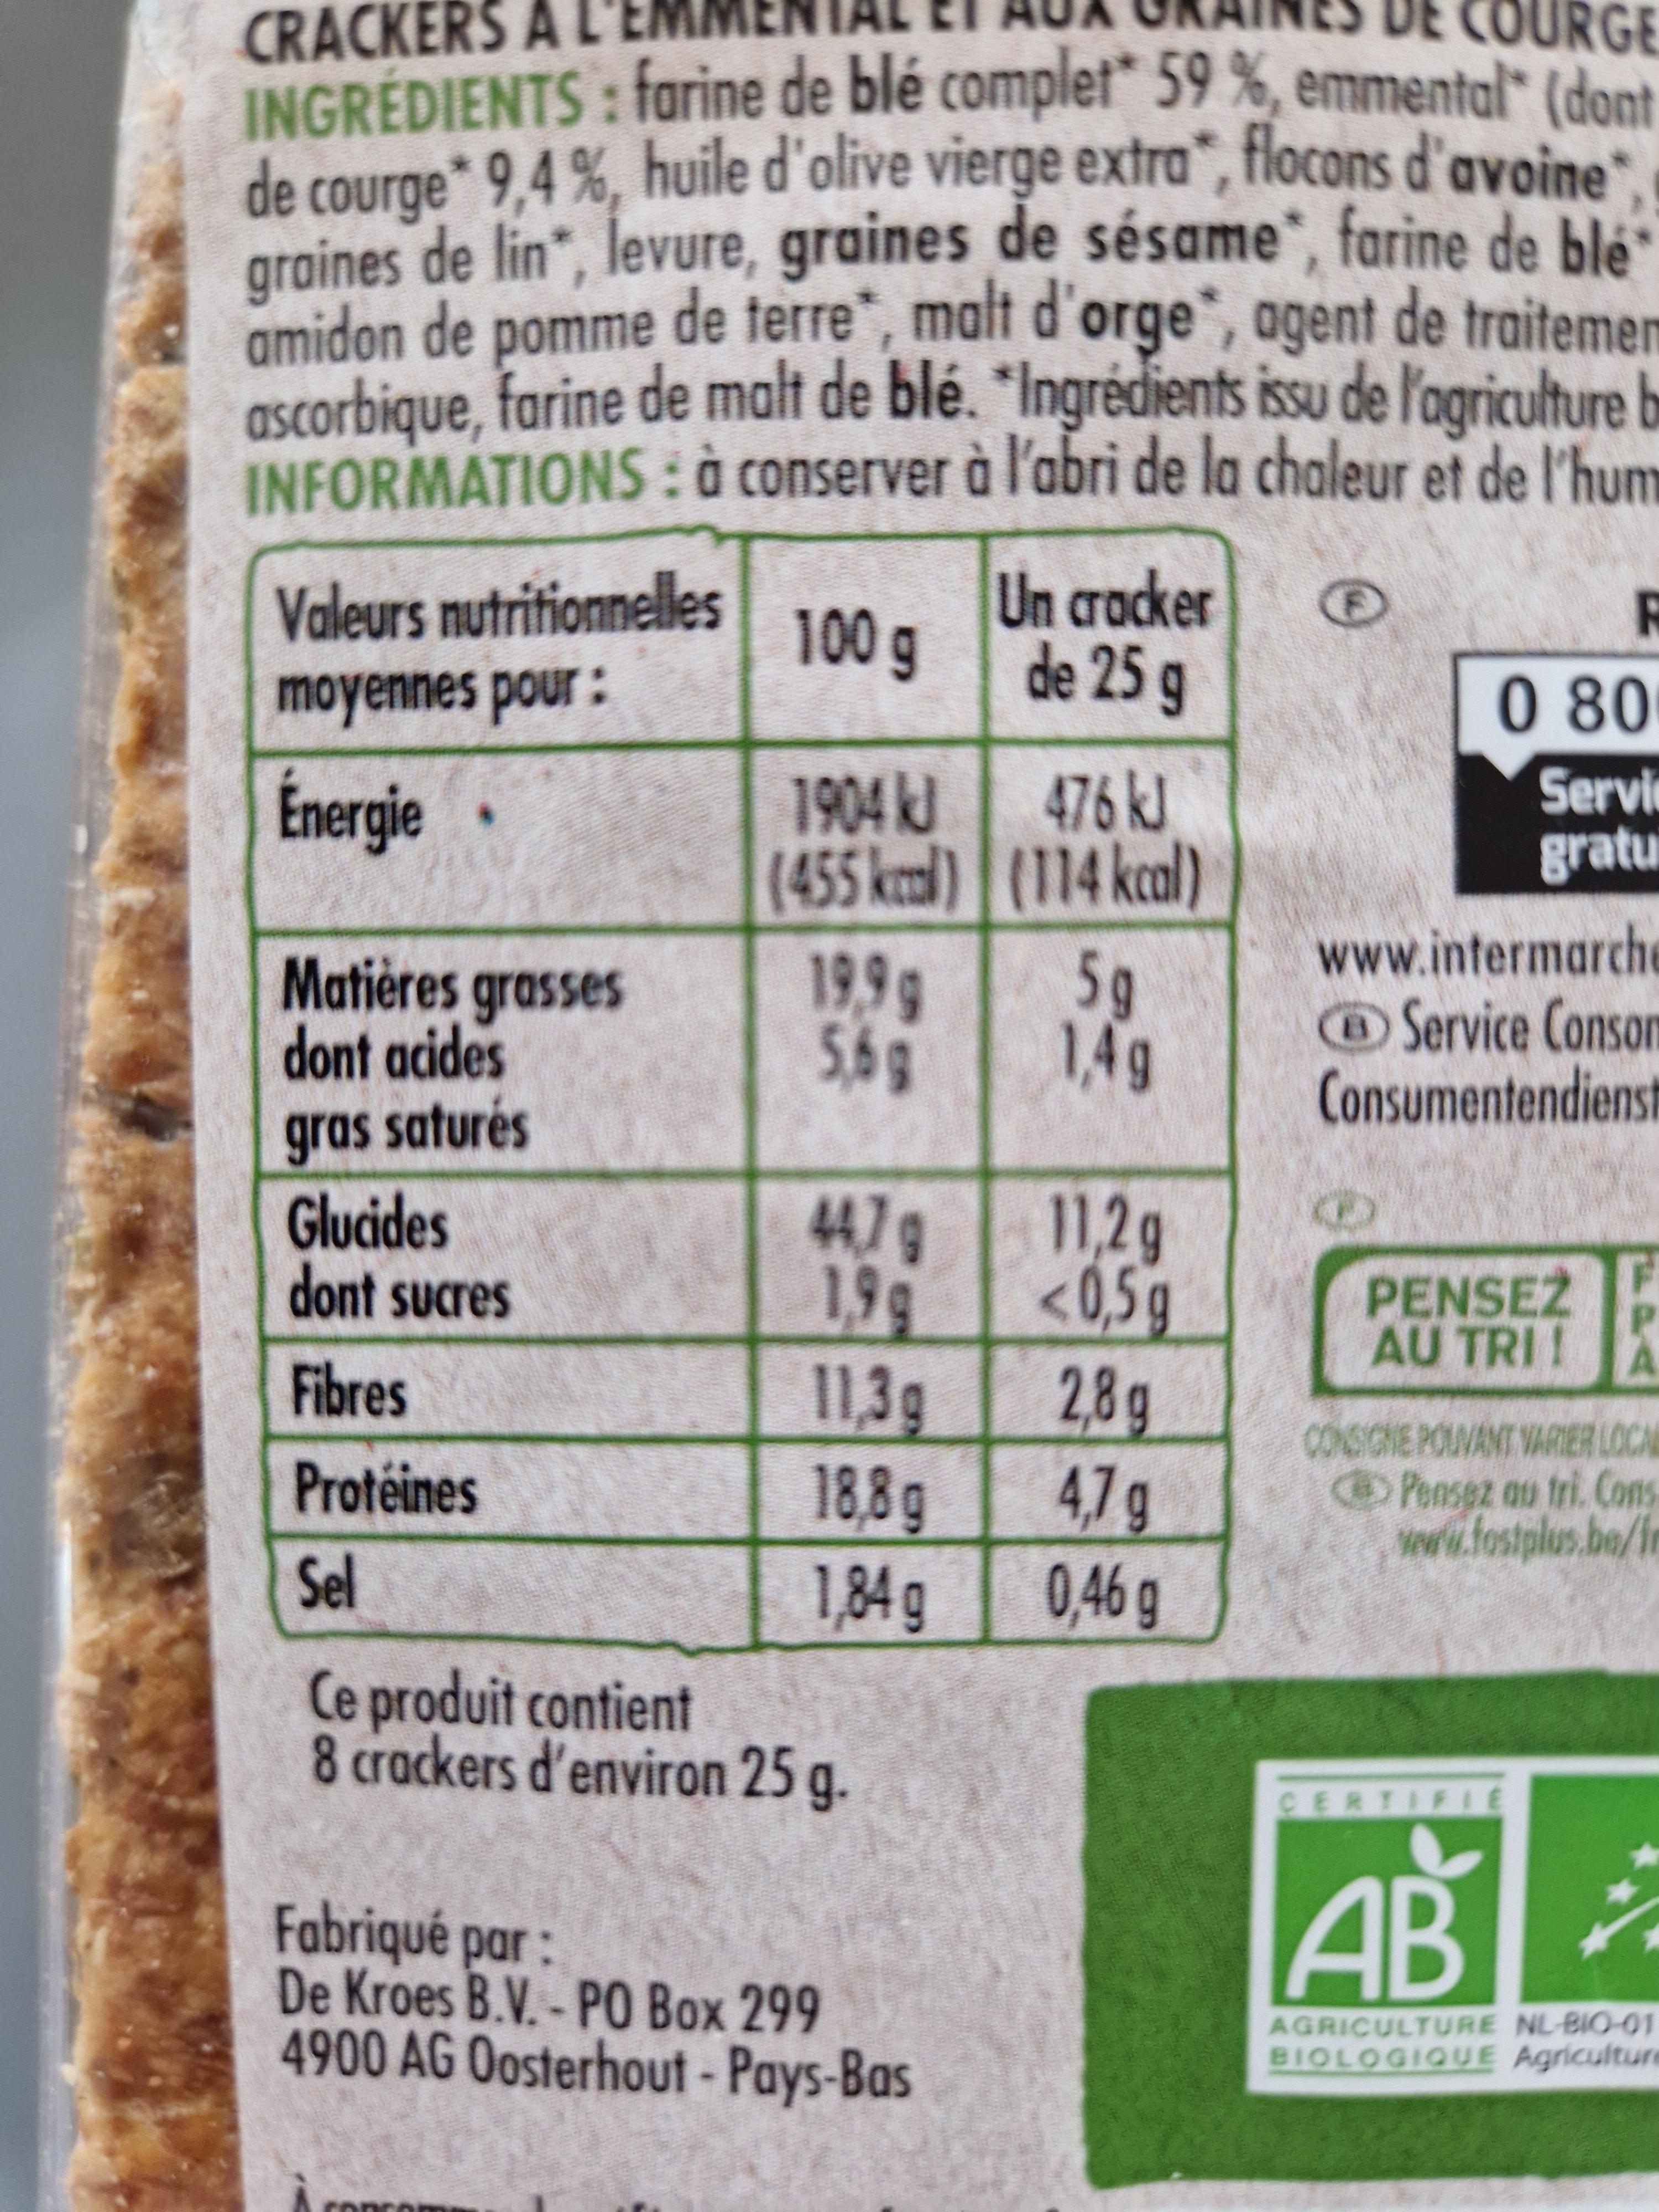
DE
CRACKERS
URG
INGRÉDIENTS: farine de blé complet* 59 %, emmental" (dor de courge* 9,4%, huile d'olive vierge extra", flocons d'avoine graines de lin", levure, graines de sésame, farine de ble amidon de pomme de terre", malt d'orge, agent de traiteme ascorbique, farine de malt de blé. "Ingrédients issu de l'agriculture INFORMATIONS: à conserver à l'abri de la chaleur et de l'hu
Valeurs nutritionnelles
moyennes pour :
Énergie.
Matières grasses
dont acides
gras saturés
100 g
1904 kJ
(455 kcal)
19,9 g
5,6g
Glucides
dont sucres
Fibres
Protéines
Sel
Ce produit contient 8 crackers d'environ 25 g.
44,7 g
199
11,3 g
18,8 g
1,84 g
Fabriqué par :
De Kroes B.V.- PO Box 299
4900 AG Oosterhout-Pays-Bas
Un cracker
de 25 g
476 kJ
(114 kcal)
5g
1,4g
11,2 g
<0,5g
2,8g
4,7 g
0,46 g
086
Serv
grat
www.intermarc
Service Cons Consumentendier
PENSEZ AU TRI!
CONSIGNE POUVANT VARIER LO Pensez au tri. Co www.fostplus.be
R
CERTIFIE
AB
AGRICULTURE NL-BIO-01 BIOLOGIQUE Agricult